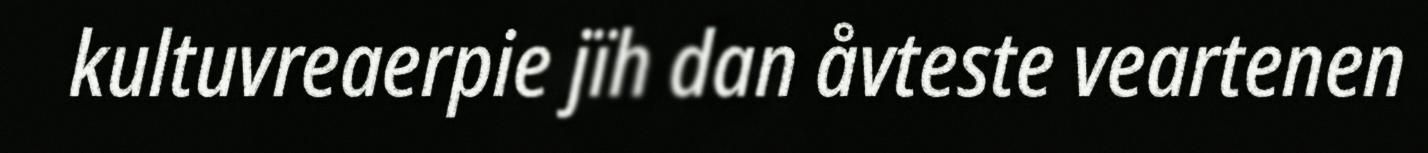
kultuvreaerpie jïh dan åvteste veartenen